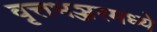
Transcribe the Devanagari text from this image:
वृत्तभञ्जरमध्ये